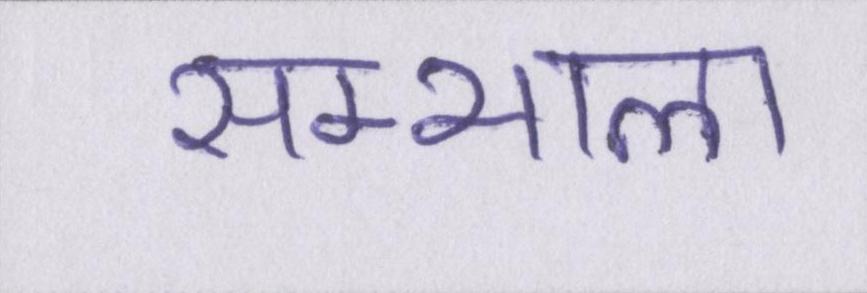
सम्भाला